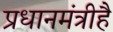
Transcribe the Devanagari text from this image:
प्रधानमंत्रीहै